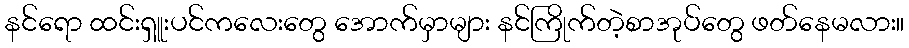
နင်ရော ထင်းရှူးပင်ကလေးတွေ အောက်မှာများ နင်ကြိုက်တဲ့စာအုပ်တွေ ဖတ်နေမလား။